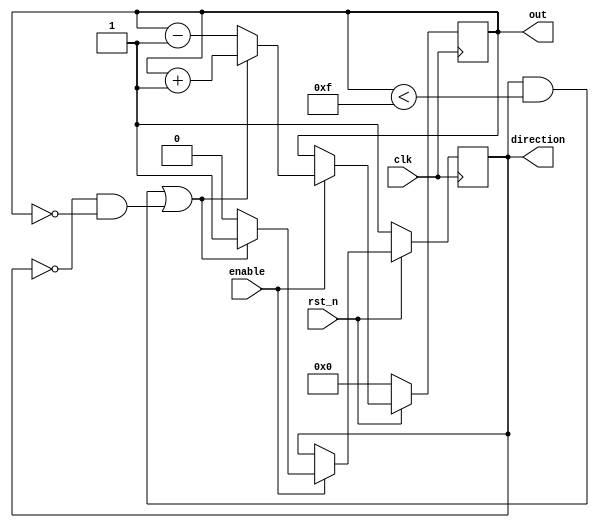
`timescale 1ns/1ps

module Ping_Pong_Counter (clk, rst_n, enable, direction, out);
input clk, rst_n;
input enable;
output direction;
output [4-1:0] out;

reg [3:0]out;
reg [3:0]next_out;
reg direction, next_direction;

always@(posedge clk)begin
    if(!rst_n)begin
        out <= 4'b0;
        direction <= 1'b1;   
    end
    else begin
        out <= next_out;
        direction <= next_direction;
    end 
end

always@(*) begin
    if(!enable)begin
        next_out = out;
        next_direction = direction;
    end
    else begin
        if((direction == 1 && out<4'b1111) || (direction == 0 && out == 4'b0)) begin
            next_out = out+1'b1;
            next_direction = 1'b1;
        end
        else begin
            next_out = out-1'b1;
            next_direction = 1'b0;
        end
    end
end

endmodule